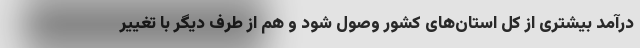
درآمد بیشتری از کل استان‌های کشور وصول شود و هم از طرف دیگر با تغییر